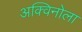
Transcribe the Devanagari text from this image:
अक्विनोला